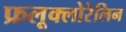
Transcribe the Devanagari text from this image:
फ्रलूक्लोरेलिन